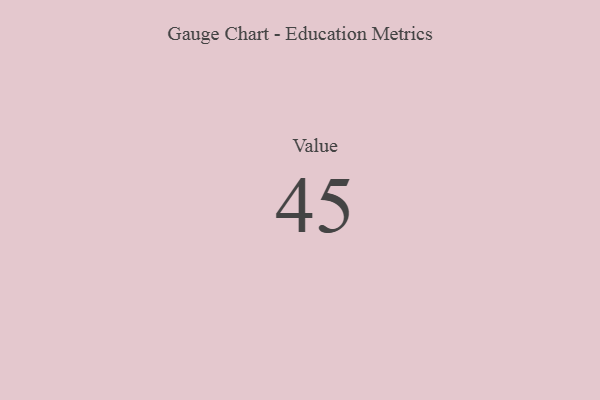
{"axis": {"x": "Metric", "y": "Value"}, "legend": [""], "data": [{"x": "Value", "y": 45, "type": ""}]}